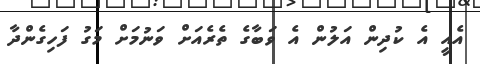
އެއީ އެ ކުދިން އަލުން އެ ވަބާގެ ތެރެއަށް ވަނުމަށް މަގު ފަހިގެންދާ